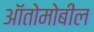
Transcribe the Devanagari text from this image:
ऑतोमोबील